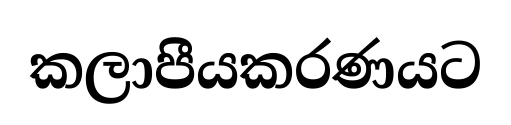
කලාපීයකරණයට